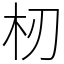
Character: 杒